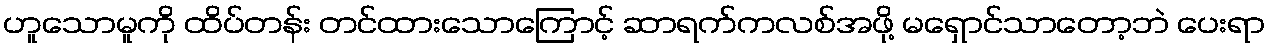
ဟူသောမူကို ထိပ်တန်း တင်ထားသောကြောင့် ဆာရက်ကလစ်အဖို့ မရှောင်သာတော့ဘဲ ပေးရာ